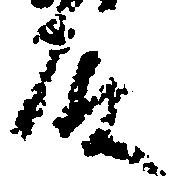
殿